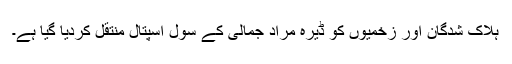
ہلاک شدگان اور زخمیوں کو ڈیرہ مراد جمالی کے سول اسپتال منتقل کردیا گیا ہے۔